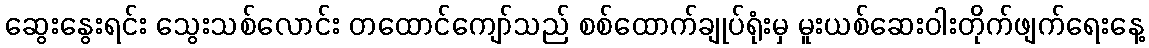
ဆွေးနွေးရင်း သွေးသစ်လောင်း တထောင်ကျော်သည် စစ်ထောက်ချုပ်ရုံးမှ မူးယစ်ဆေးဝါးတိုက်ဖျက်ရေးနေ့